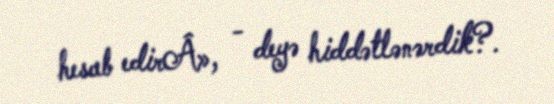
hesab edirÂ», - deyə hiddətlənərdik?.